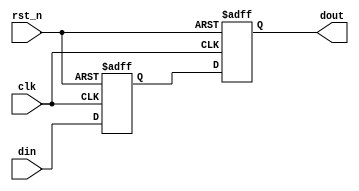
// *********************************************************************
// 
// Copyright (C) 2021-20xx CrazyBird Corporation
// 
// 
// Description  :   
// 
// Modification History
// Date         By             Version         Change Description
//----------------------------------------------------------------------
// 2022/03/20   double_syn_ff  1.0              Original
// 
// *********************************************************************
module double_syn_ff
#(
    parameter C_DATA_WIDTH = 8
)(
    input  wire                     rst_n   ,
    input  wire                     clk     ,
    input  wire [C_DATA_WIDTH-1:0]  din     ,
    output reg  [C_DATA_WIDTH-1:0]  dout
);
//----------------------------------------------------------------------
//  
reg         [C_DATA_WIDTH-1:0]      data_r;

//----------------------------------------------------------------------
//  
always @(posedge clk or negedge rst_n)
begin
    if(rst_n == 1'b0)
        {dout,data_r} <= {(2*C_DATA_WIDTH){1'b0}};
    else
        {dout,data_r} <= {data_r,din};
end

endmodule